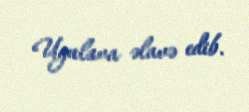
Ugulava əlavə edib.